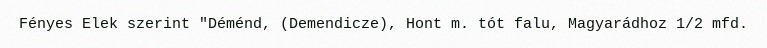
Fényes Elek szerint "Déménd, (Demendicze), Hont m. tót falu, Magyarádhoz 1/2 mfd.